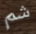
شم